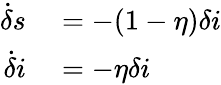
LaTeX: \begin{array}{rl}{\dot{\delta}s}&{{}=-(1-\eta)\delta i}\\ {\dot{\delta}i}&{{}=-\eta\delta i}\end{array}